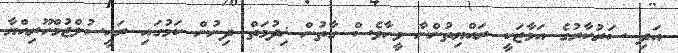
އަދި ސަރުކާރުގެ އަމާޒަކީ ރައްޔިތުންނާ ވީހާވެސް ގާތުން ޚިދުމަތް ދިނުން ކަމުގައި ރައީސުލްޖުމްހޫރިއްޔާ